Annual report of the Imperial Bacteriologist
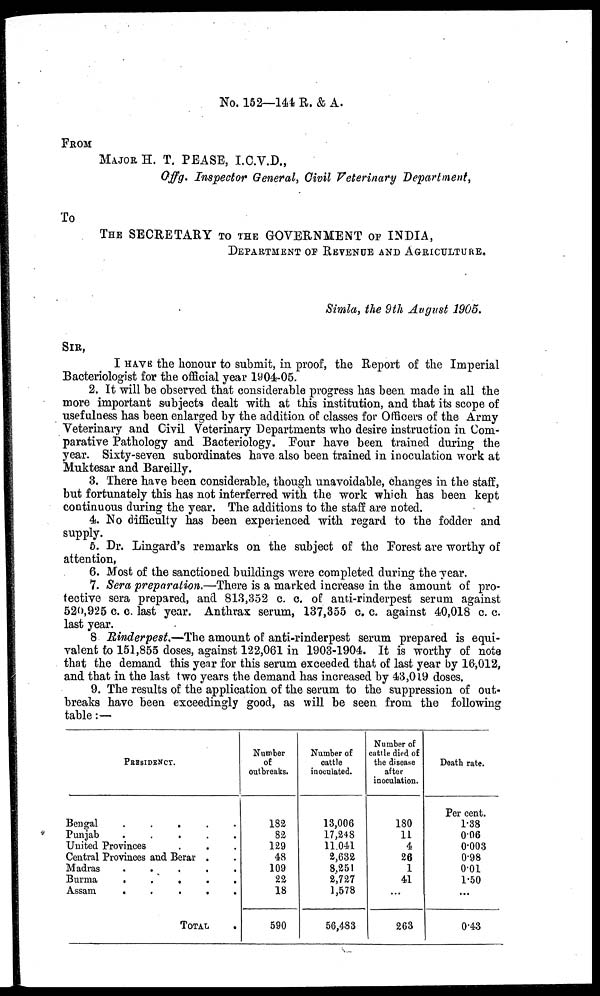
No. 152—144 R. & A.
FROM
MAJOR H. T. PEASE, I.C.V.D.,
Offg. Inspector General, Civil Veterinary Department,
To
THE SECRETARY TO THE GOVERNMENT OF INDIA,
DEPARTMENT OF REVENUE AND AGRICULTURE.
Simla, the 9th August 1905.
SIR,
I HAVE the honour to submit, in proof, the Report of the Imperial
Bacteriologist for the official year 1904-05.
2. It will be observed that considerable progress has been made in all the
more important subjects dealt with at this institution, and that its scope of
usefulness has been enlarged by the addition of classes for Officers of the Army
Veterinary and Civil Veterinary Departments who desire instruction in Com-
parative Pathology and Bacteriology. Four have been trained during the
year. Sixty-seven subordinates have also been trained in inoculation work at
Muktesar and Bareilly.
3. There have been considerable, though unavoidable, changes in the staff,
but fortunately this has not interferred with the work which has been kept
continuous during the year. The additions to the staff are noted.
4. No difficulty has been experienced with regard to the fodder and
supply.
5. Dr. Lingard's remarks on the subject of the Forest are worthy of
attention,
6. Most of the sanctioned buildings were completed during the year.
7. Sera preparation.—There is a marked increase in the amount of pro-
tective sera prepared, and 813,352 c. c. of anti-rinderpest serum against
520,925 c. c. last year. Anthrax serum, 137,355 c. c. against 40,018 c. c.
last year.
8 Rinderpest,—The amount of anti-rinderpest serum prepared is equi-
valent to 151,855 doses, against 122,061 in 1903-1904. It is worthy of note
that the demand this year for this serum exceeded that of last year by 16,012,
and that in the last two years the demand has increased by 43,019 doses.
9. The results of the application of the serum to the suppression of out-
breaks have been exceedingly good, as will be seen from the following
table :—
PRESIDENCY.
Bengal
.
.
.
.
.
Punjab
.
.
.
.
.
United Provinces . . .
Central Provinces and Berar .
Madras
.
.
.
.
.
Burma
.
.
.
.
.
Assam.
.
.
.
.
.
TOTAL
.
Number
of
outbreaks.
182
82
129
48
109
22
18
590
Number of
cattle
inoculated.
13,006
17,248
11,041
2,632
8,251
2,727
1,578
56,483
Number of
cattle died of
the disease
after
inoculation.
180
11
4
26
1
41
...
263
Death rate.
Per cent.
1.38
0.06
0.003
0.98
0.01
1.50
...
0.43